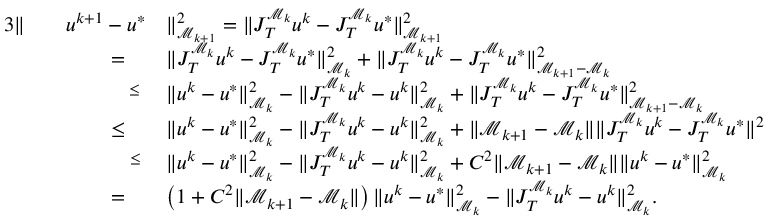
\begin{array} { r l r l } { { 3 } \Vert } & { } & { u ^ { k + 1 } - u ^ { * } } & { \Vert _ { \mathcal M _ { k + 1 } } ^ { 2 } = \Vert J _ { T } ^ { \mathcal M _ { k } } u ^ { k } - J _ { T } ^ { \mathcal M _ { k } } u ^ { * } \Vert _ { \mathcal M _ { k + 1 } } ^ { 2 } } \\ & { } & { = \quad } & { \Vert J _ { T } ^ { \mathcal M _ { k } } u ^ { k } - J _ { T } ^ { \mathcal M _ { k } } u ^ { * } \Vert _ { \mathcal M _ { k } } ^ { 2 } + \Vert J _ { T } ^ { \mathcal M _ { k } } u ^ { k } - J _ { T } ^ { \mathcal M _ { k } } u ^ { * } \Vert _ { \mathcal M _ { k + 1 } - \mathcal M _ { k } } ^ { 2 } } \\ & { } & { \overset { \leq } \; \; } & { \Vert u ^ { k } - u ^ { * } \Vert _ { \mathcal M _ { k } } ^ { 2 } - \Vert J _ { T } ^ { \mathcal M _ { k } } u ^ { k } - u ^ { k } \Vert _ { \mathcal M _ { k } } ^ { 2 } + \Vert J _ { T } ^ { \mathcal M _ { k } } u ^ { k } - J _ { T } ^ { \mathcal M _ { k } } u ^ { * } \Vert _ { \mathcal M _ { k + 1 } - \mathcal M _ { k } } ^ { 2 } } \\ & { } & { \leq \quad } & { \Vert u ^ { k } - u ^ { * } \Vert _ { \mathcal M _ { k } } ^ { 2 } - \Vert J _ { T } ^ { \mathcal M _ { k } } u ^ { k } - u ^ { k } \Vert _ { \mathcal M _ { k } } ^ { 2 } + \Vert \mathcal M _ { k + 1 } - \mathcal M _ { k } \Vert \Vert J _ { T } ^ { \mathcal M _ { k } } u ^ { k } - J _ { T } ^ { \mathcal M _ { k } } u ^ { * } \Vert ^ { 2 } } \\ & { } & { \overset { \leq } \quad } & { \Vert u ^ { k } - u ^ { * } \Vert _ { \mathcal M _ { k } } ^ { 2 } - \Vert J _ { T } ^ { \mathcal M _ { k } } u ^ { k } - u ^ { k } \Vert _ { \mathcal M _ { k } } ^ { 2 } + C ^ { 2 } \Vert \mathcal M _ { k + 1 } - \mathcal M _ { k } \Vert \Vert u ^ { k } - u ^ { * } \Vert _ { \mathcal M _ { k } } ^ { 2 } } \\ & { } & { = \quad } & { \left( 1 + C ^ { 2 } \Vert \mathcal M _ { k + 1 } - \mathcal M _ { k } \Vert \right) \Vert u ^ { k } - u ^ { * } \Vert _ { \mathcal M _ { k } } ^ { 2 } - \Vert J _ { T } ^ { \mathcal M _ { k } } u ^ { k } - u ^ { k } \Vert _ { \mathcal M _ { k } } ^ { 2 } . } \end{array}